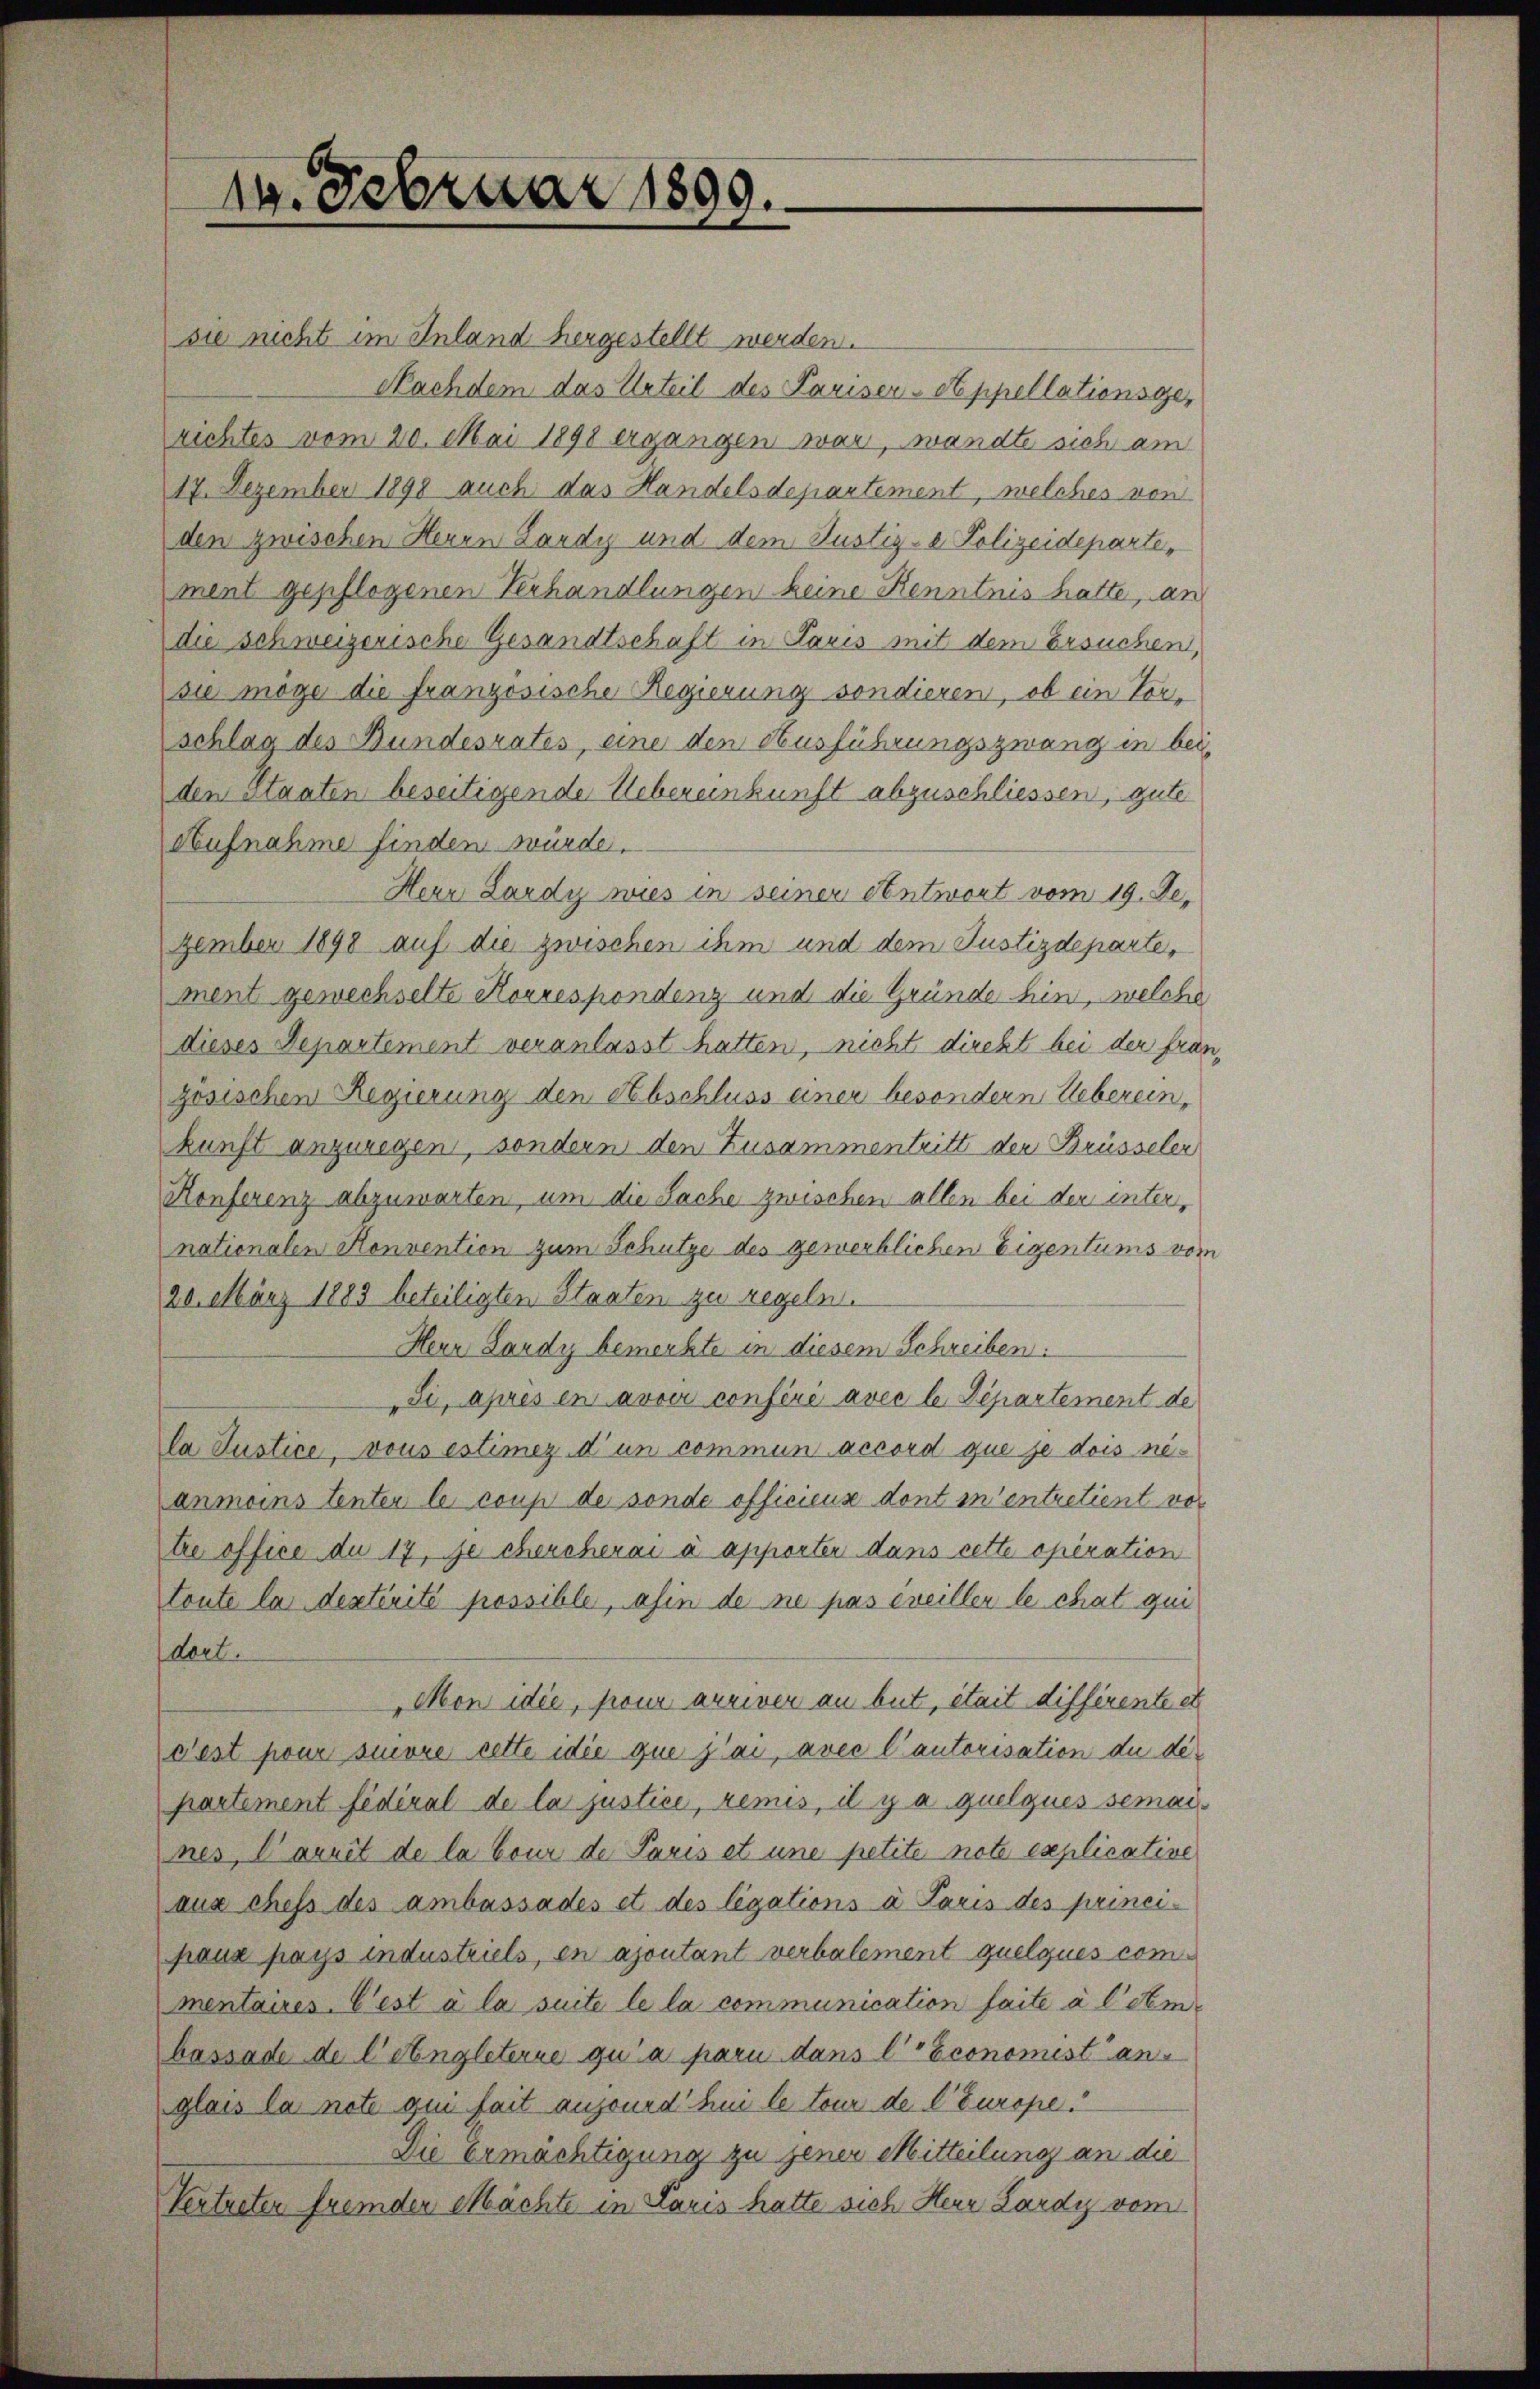
14. Februar 1899.

sie nicht im Inland hergestellt werden.
Nachdem das Urteil des Pariser-Appellationsgerichtes vom 20. Mai 1898 ergangen war, wandte sich am
17. Dezember 1898 auch das Handelsdepartement, welches von
den zwischen Herrn Lardy und dem Justiz- & Polizeideparte,
ment gepflogenen Verhandlungen keine Kenntnis hatte, an
die schweizerische Gesandtschaft in Paris mit dem Ersuchen,
sie möge die französische Regierung sondieren, ob ein Vorschlag des Bundesrates, eine den Ausführungszwang in beiden Staaten beseitigende Uebereinkunft abzuschliessen, gute
Aufnahme finden würde.
Herr Lardy wies in seiner Antwort vom 19. Je
zember 1898 auf die zwischen ihm und dem Justizdeparte,
ment gewechselte Korrespondenz und die Gründe hin, welche
dieses Departement veranlasst hatten, nicht direkt bei der fran
zosischen Regierung den Abschluss einer besondern Ueberein-
kunft anzuregen, sondern den Zusammentritt der Brüsseler
Konferenz abzuwarten, um die Sache zwischen allen bei der internationalen Konvention zum Schutze des gewerblichen Eigentums vom
20. März 1883 beteiligten Staaten zu regeln.
Herr Lardy bemerkte in diesem Schreiben:
Si, après en avoir confère avec le Departement de
la Justice, vous estimer d’un commun accord que je dois neanmoins tenter le coup de sonde officiens dont in entretient vor
tre office du 17, je chercherai à apporter dans cette opération
toute la dextérité possible, afin de ne pas eveiller le chat qui
dort.
Mon idee, pour arriver an but, était différente et
dest pour sinore cette die que jlai, avec l’autorisation de departement fédéral de la justice, remis, il y a quelques semaines, damit de la bour de Paris et une petite note explicative
aus chefs des ambassades et des legations à Paris des principaue pays industriels, en ajoutant verbalement quelques commentaires. L’est à la suite le la communication faite à l’em
bassade de letingleterne qui a paru dans l’ Economist anglais la note qui fait ansound“ hui le tour de l’Europe
Die Ermächtigung zu jener Mitteilung an die
Vertreten fremden Mächte in Paris hatte sich Herr Lardy vom